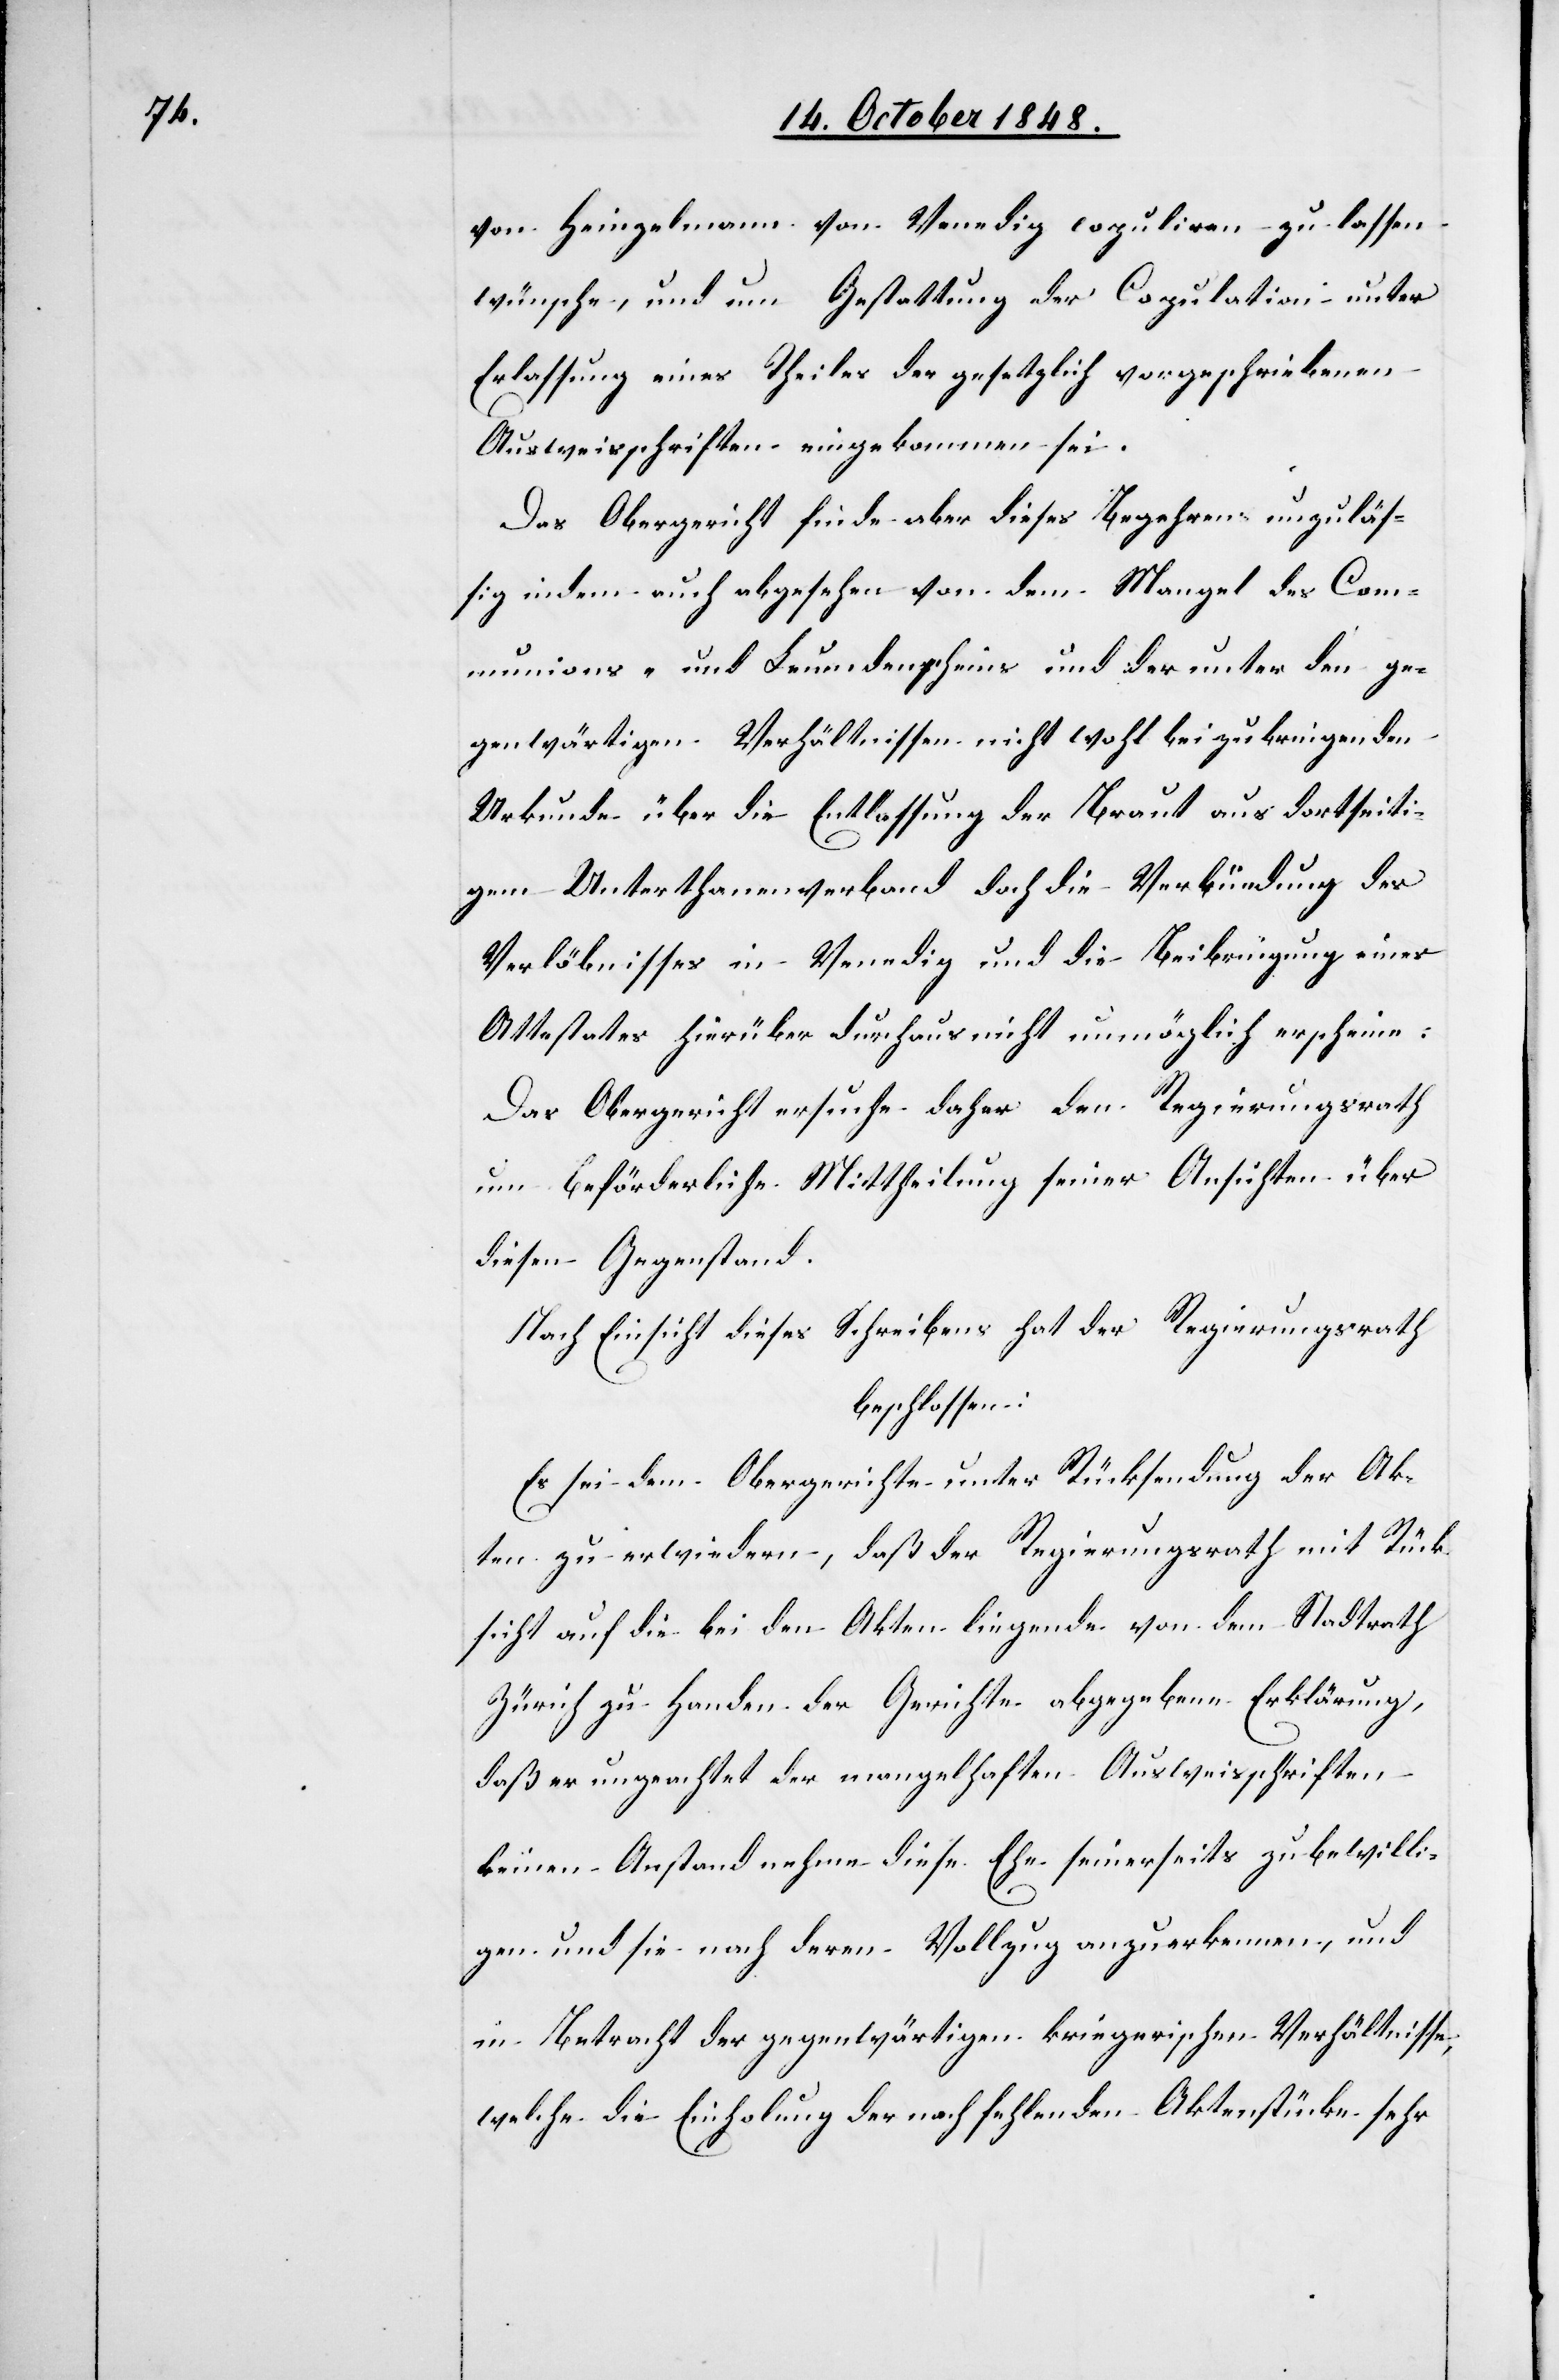
von Heinzelmann von Venedig copuliren zu lassen
wünsche, und um Gestattung der Copulation unter
Erlassung eines Theiles der gesetzlich vorgeschriebenen
Ausweisschriften eingekommen sei.
Das Obergericht finde aber dieses Begehren unzuläs¬
sig indem auch abgesehen von dem Mangel des Comm¬
unions- und Leumdenscheins und der unter den ge¬
genwärtigen Verhältnissen nicht wohl beizubringenden
Urkunde über die Entlassung der Braut aus dortseiti¬
gem Unterthanenverband doch die Verkündung des
Verlöbnisses in Venedig und die Beibringung eines
Attestates hierüber durchaus nicht unmöglich erscheine:
Das Obergericht ersuche daher den Regierungsrath
um beförderliche Mittheilung seiner Ansichten über
diesen Gegenstand.
Nach Einsicht dieses Schreibens hat der Regierungsrath
beschlossen:
Es sei dem Obergerichte unter Rücksendung der Ak¬
ten zu erwiedern, daß der Regierungsrath mit Rück¬
sicht auf die bei den Akten liegende von dem Stadtrath
Zürich zu Handen der Gerichte abgegebene Erklärung,
daß er ungeachtet der mangelhaften Ausweisschriften
keinen Anstand nehme diese Ehe seinerseits zu bewilli¬
gen und sie nach deren Vollzug anzuerkennen, und
in Betracht der gegenwärtigen kriegerischen Verhältnisse,
welche die Einholung der noch fehlenden Aktenstücke sehr